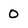
Character: 0